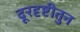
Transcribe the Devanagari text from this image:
दूरदृष्टीतुन